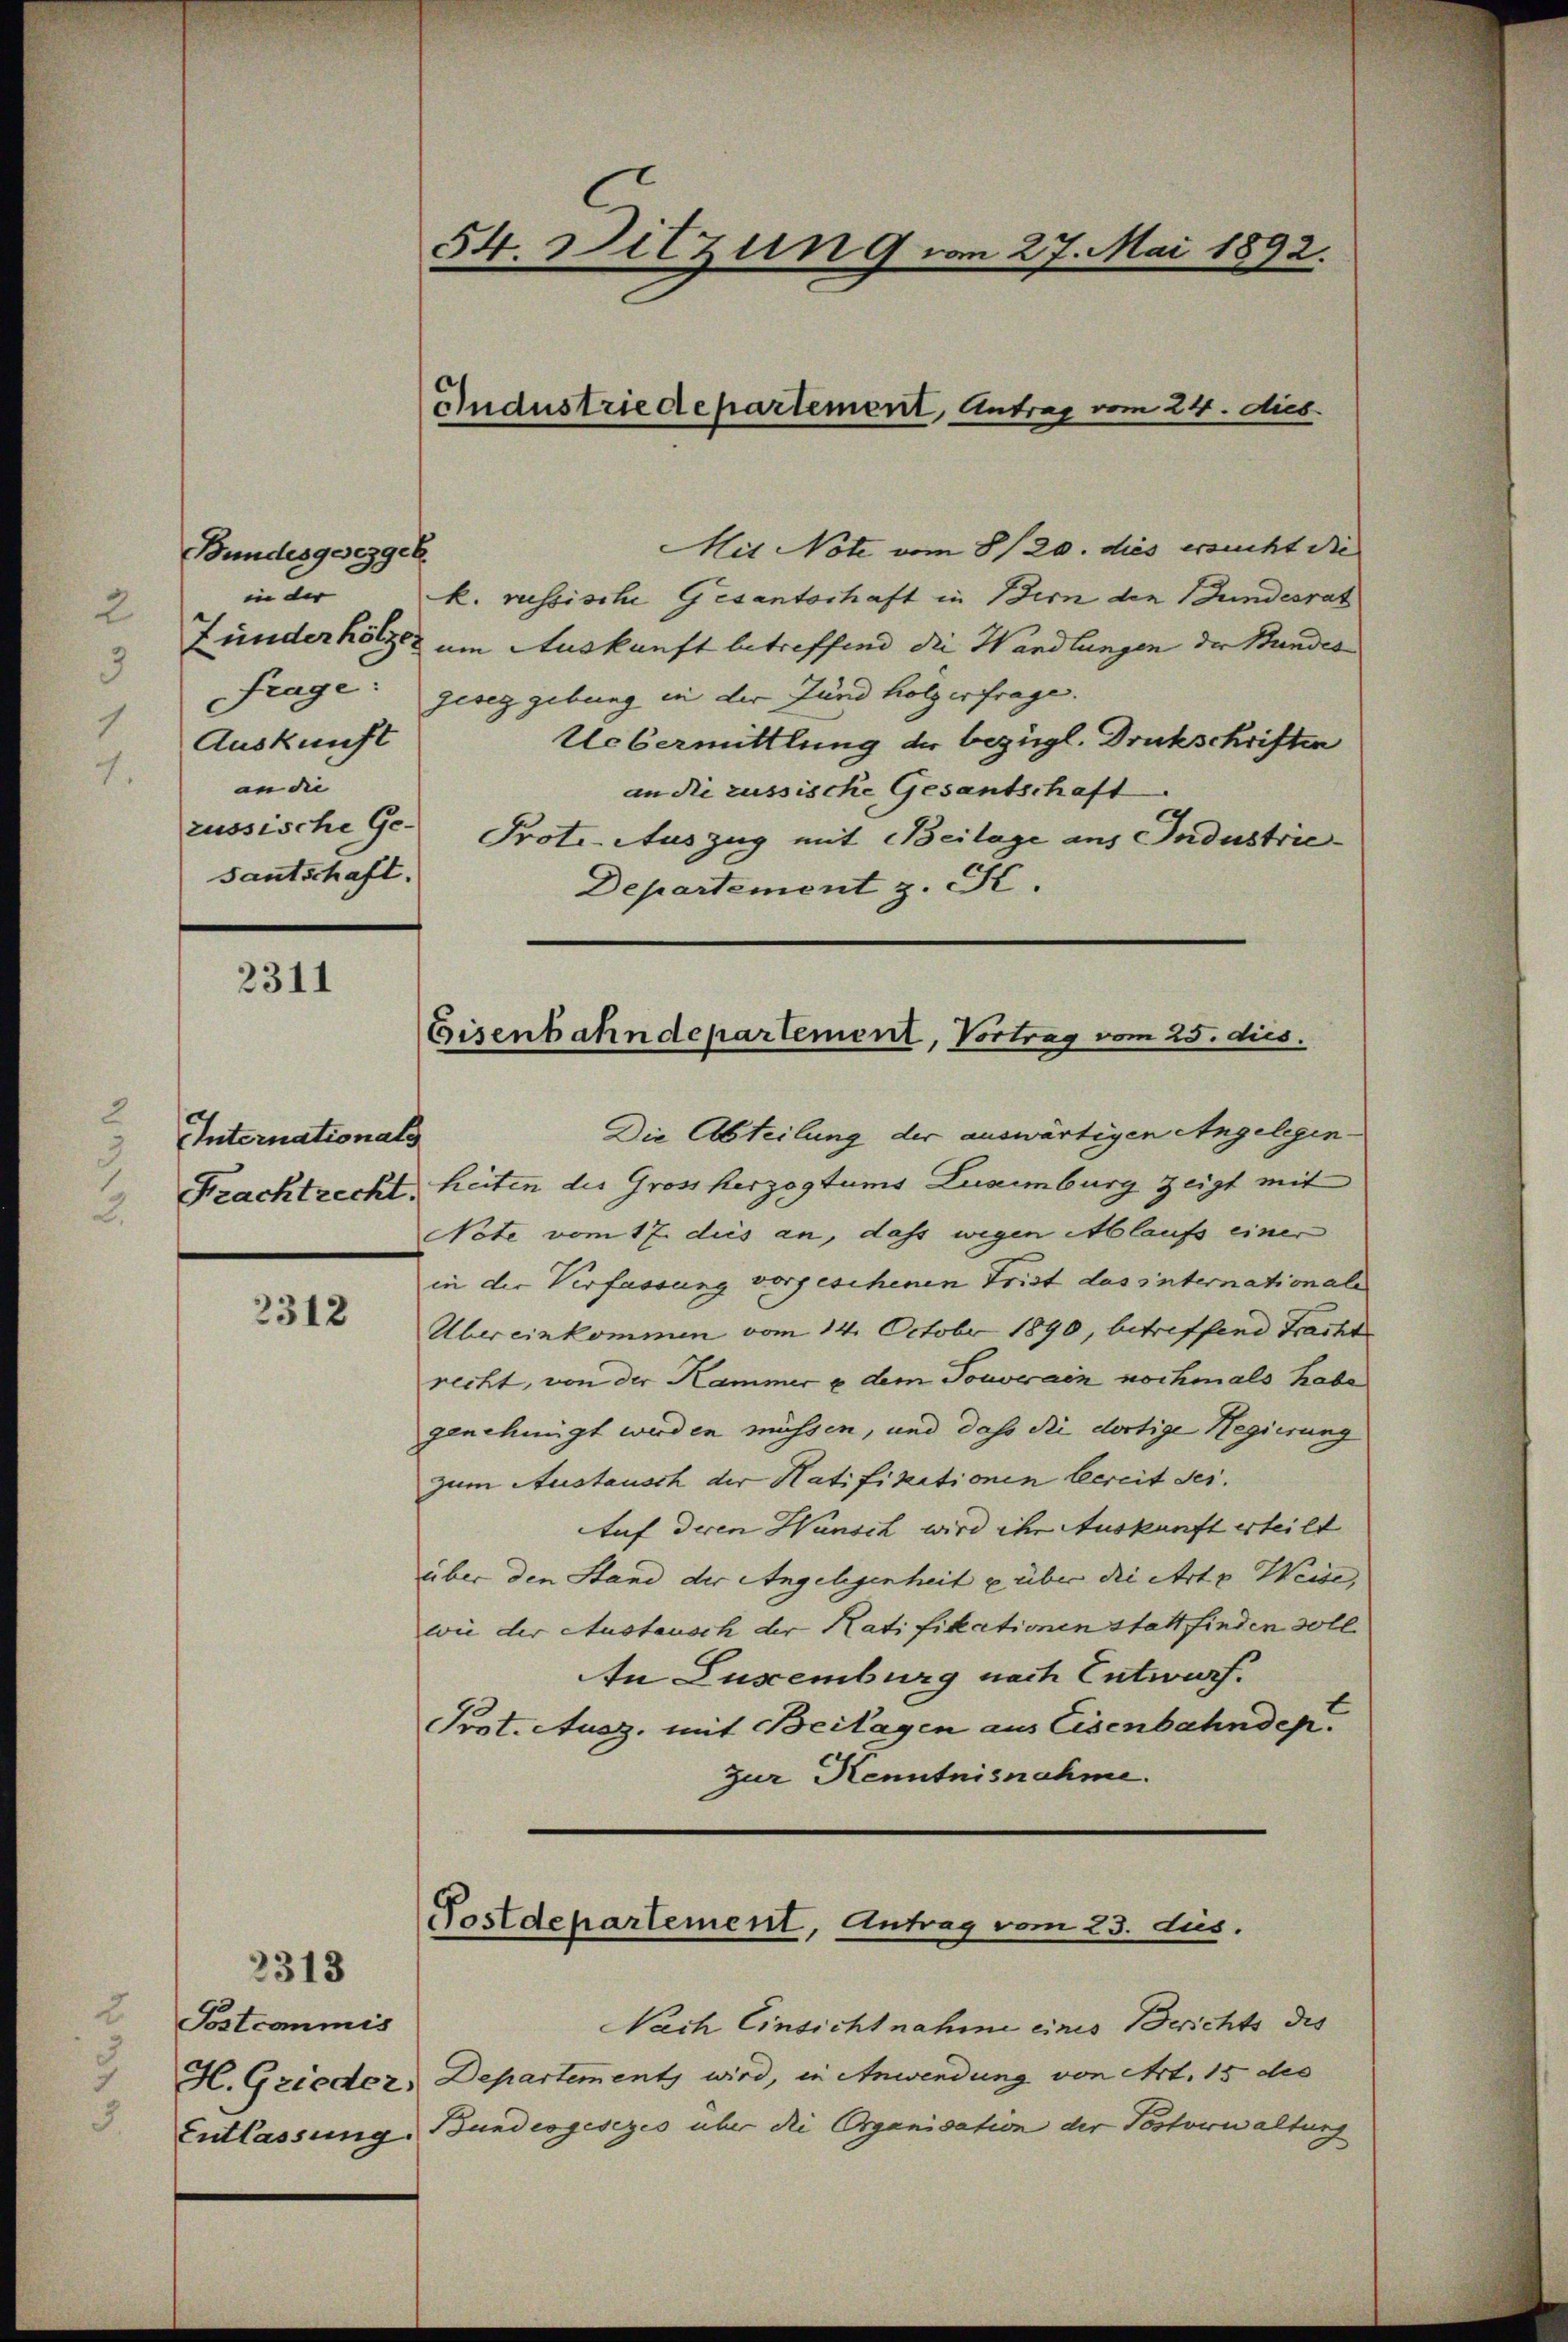
Bundesgesezger
in der
Auskunft
an die
russische Ge-
santschaft.

2311

Internationals
Frachtrecht.

2312

2313
Postcommis
Entlassung.

54. Sitzung von 27. Mai 1892.

Gudustriedepartement, Antrag vom 24. dies

Mit Note vom 8/20. dies ersucht die
k. russische Gesantschaft in Bern den Bundesrat
funder hölzer um Auskunft betreffend die Wandlungen der Bundes
frage: geseg gebung in der Jund holzerfrage.
Uebermittlung der bezügl. Druckschriften
an die russische Gesantschaft
Prote-Auszug mit Beilage aus Industrie
Departement z. Fe

Eisenbahndepartement, Vortrag vom 25. dies.

Die Abteilung der auswärtigen Angelegen
heiten des Großherzogtums Luximburg zeigt mit
Note vom 17. dies an, dass wegen Ablaufs einer
in der Verfassung vorgeschenen Frist das internationale
Übereinkommen vom 14. October 1890, betreffend Fracht
recht, von der Kammer u dem Touverain nochmals habe
genehmigt werden müssen, und daß die dortige Regierung
zum Austausch der Hatifikationen bereit sei¬
Auf deren Wunsch wird ihr Auskunft erteilt
über den Stand der Angelegenheit u über die Art. Weise,
wie der Austausch der Ratifikationen stattfinden soll.
An Luxenburg nach Entwurf.
Prot. Ausz. mit Beilagen aus Eisenbahndep
zur Kenntnisnahme.

Postdepartement, Antrag vom 23. dies.

Nach Einsicht nahme eines Berichts des
 H. Grieder Departement wird, in Anwendung von Art. 15 des
Bundesgesezes über die Organisation der Postverwaltung